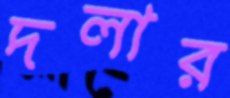
দলার